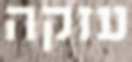
עזקה